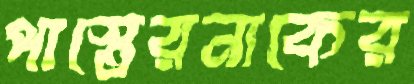
পাস্তেরনাকের